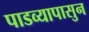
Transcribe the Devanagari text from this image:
पाडव्यापासुन